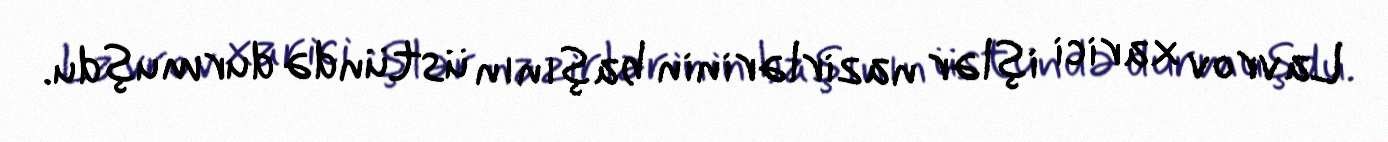
Lavrov xarici işlər nazirlərinin başının üstündə durmuşdu.